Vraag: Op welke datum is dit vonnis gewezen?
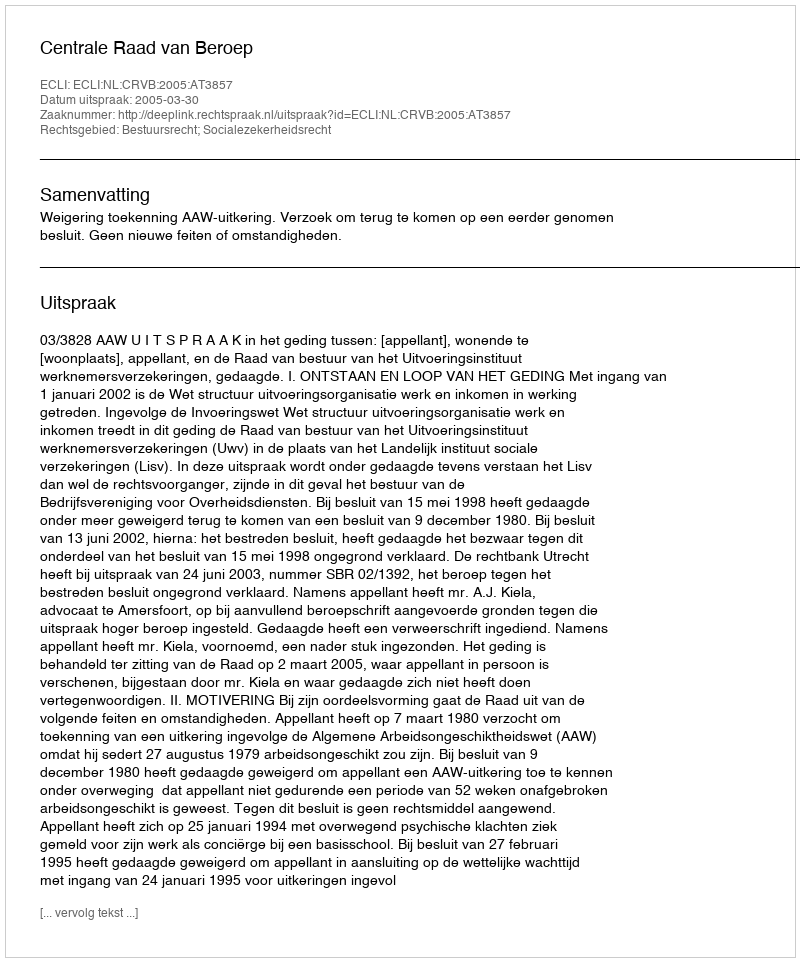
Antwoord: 2005-03-30